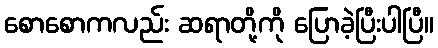
စောစောကလည်း ဆရာတို့ကို ပြောခဲ့ပြီးပါပြီ။